Report of the Indian Hemp Drugs Commission, 1894-1895 - Volume I
Year: 1894
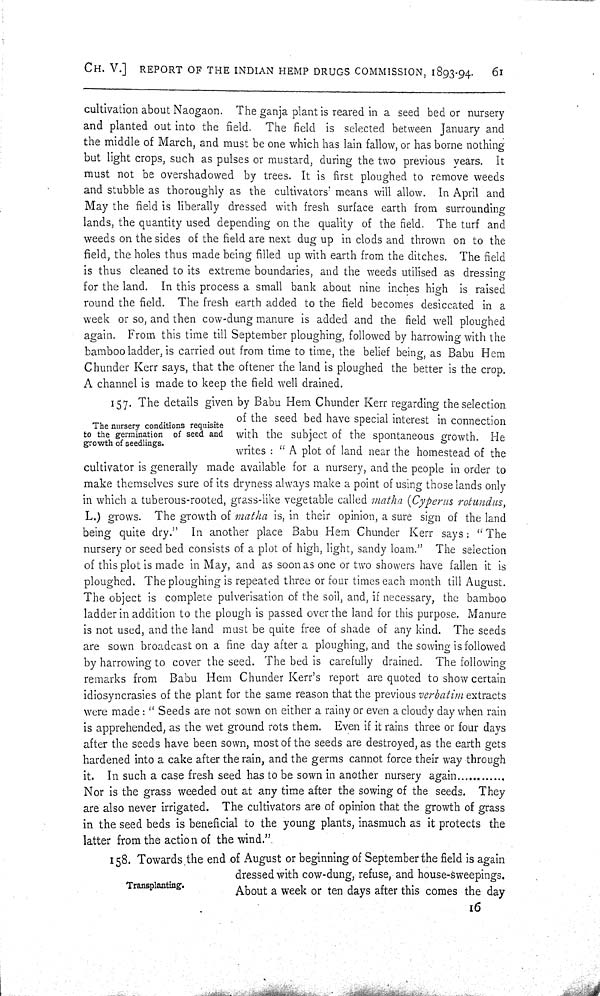
CH. V.] REPORT OF THE INDIAN HEMP DRUGS COMMISSION, 1893-94.
61
cultivation about Naogaon. The ganja plant is reared in a seed bed or nursery
and planted out into the field. The field is selected between January and
the middle of March, and must be one which has lain fallow, or has borne nothing
but light crops, such as pulses or mustard, during the two previous years. It
must not be overshadowed by trees. It is first ploughed to remove weeds
and stubble as thoroughly as the cultivators' means will allow. In April and
May the field is liberally dressed with fresh surface earth from surrounding
lands, the quantity used depending on the quality of the field. The turf and
weeds on the sides of the field are next dug up in clods and thrown on to the
field, the holes thus made being filled up with earth from the ditches. The field
is thus cleaned to its extreme boundaries, and the weeds utilised as dressing
for the land. In this process a small bank about nine inches high is raised
round the field. The fresh earth added to the field becomes desiccated in a
week or so, and then cow-dung manure is added and the field well ploughed
again. From this time till September ploughing, followed by harrowing with the
bamboo ladder, is carried out from time to time, the belief being, as Babu Hem
Chunder Kerr says, that the oftener the land is ploughed the better is the crop.
A channel is made to keep the field well drained.
The nursery conditions requisite
to the germination of seed and
growth of seedlings.
157. The details given by Babu Hem Chunder Kerr regarding the selection
of the seed bed have special interest in connection
with the subject of the spontaneous growth. He
writes: "A plot of land near the homestead of the
cultivator is generally made available for a nursery, and the people in order to
make themselves sure of its dryness always make a point of using those lands only
in which a tuberous-rooted, grass-like vegetable called matha (Cyperus rotundus,
L.) grows. The growth of matha is, in their opinion, a sure sign of the land
being quite dry." In another place Babu Hem Chunder Kerr says: "The
nursery or seed bed consists of a plot of high, light, sandy loam." The selection
of this plot is made in May, and as soon as one or two showers have fallen it is
ploughed. The ploughing is repeated three or four times each month till August.
The object is complete pulverisation of the soil, and, if necessary, the bamboo
ladder in addition to the plough is passed over the land for this purpose. Manure
is not used, and the land must be quite free of shade of any kind. The seeds
are sown broadcast on a fine day after a ploughing, and the sowing is followed
by harrowing to cover the seed. The bed is carefully drained. The following
remarks from Babu Hem Chunder Kerr's report are quoted to show certain
idiosyncrasies of the plant for the same reason that the previous verbatim extracts
were made: "Seeds are not sown on either a rainy or even a cloudy day when rain
is apprehended, as the wet ground rots them. Even if it rains three or four days
after the seeds have been sown, most of the seeds are destroyed, as the earth gets
hardened into a cake after the rain, and the germs cannot force their way through
it. In such a case fresh seed has to be sown in another nursery again…………
Nor is the grass weeded out at any time after the sowing of the seeds. They
are also never irrigated. The cultivators are of opinion that the growth of grass
in the seed beds is beneficial to the young plants, inasmuch as it protects the
latter from the action of the wind.".
Transplanting.
158. Towards the end of August or beginning of September the field is again
dressed with cow-dung, refuse, and house-sweepings.
About a week or ten days after this comes the day
16